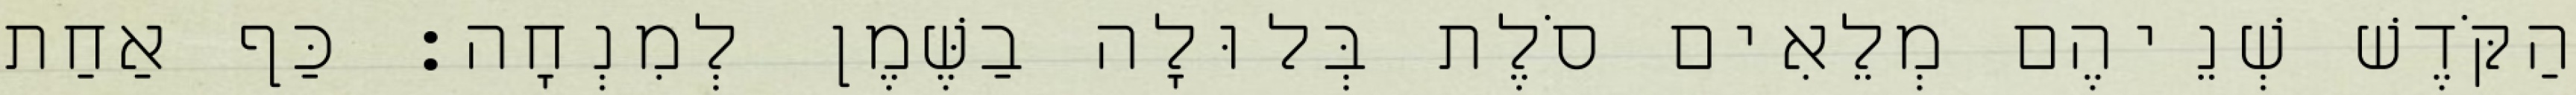
הַקֹּדֶשׁ שְׁנֵיהֶם מְלֵאִים סֹלֶת בְּלוּלָה בַשֶּׁמֶן לְמִנְחָה׃ כַּף אַחַת